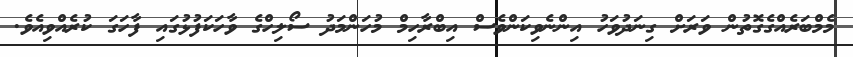
މެމްބަރެއްގެގޮތުން ވަރަށް ގިނަދުވަހު އިންނެވިކަންވެސް އިބްރާހިމް މުހަންމަދު ސޯލިހްގެ ވާހަކަފުޅުގައި ފާހަގަ ކުރެއްވިއެވެ.